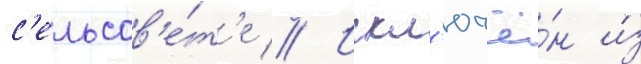
с'ельсов'е́т'е // Искл'ючё́н и́з